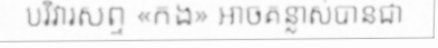
បរិវារសព្ទ «កង» អាចគន្លាស់បានជា